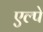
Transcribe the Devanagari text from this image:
एल्पे